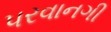
પરવાનગી